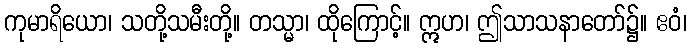
ကုမာရိယော၊ သတို့သမီးတို့။ တသ္မာ၊ ထိုကြောင့်။ ဣဟ၊ ဤသာသနာတော်၌။ ဧဝံ၊